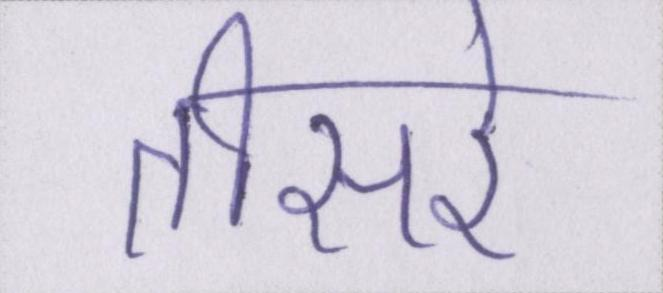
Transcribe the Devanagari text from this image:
तीसरे